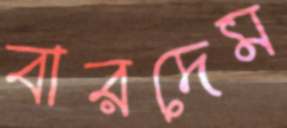
বারদেম